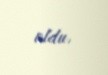
oldu.